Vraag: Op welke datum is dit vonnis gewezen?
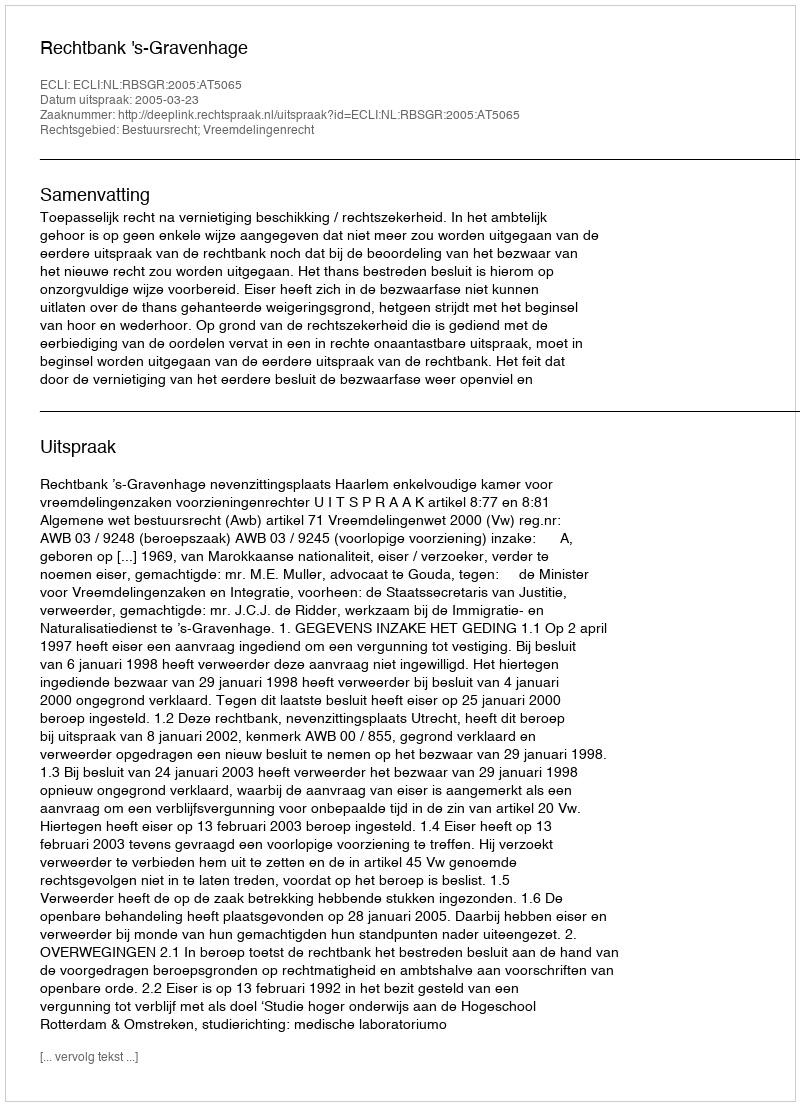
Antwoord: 2005-03-23